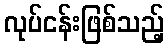
လုပ်ငန်းဖြစ်သည့်